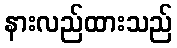
နားလည်ထားသည်